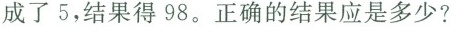
成了5，结果得98。正确的结果应是多少?